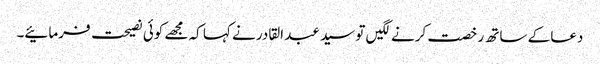
دعا کے ساتھ رخصت کرنے لگیں تو سید عبد القادر نے کہا کہ مجھے کوئی نصیحت فرمائیے۔